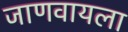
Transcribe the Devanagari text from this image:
जाणवायला